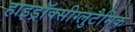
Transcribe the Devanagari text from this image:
हाइड्रॉक्सीग्लुटैमिक